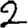
Digit: 2